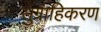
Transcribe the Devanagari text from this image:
सुग्राहिकरण